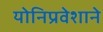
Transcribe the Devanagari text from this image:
योनिप्रवेशाने